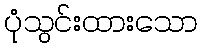
ပုံသွင်းထားသော